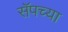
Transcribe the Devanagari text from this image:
सॅपच्या